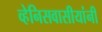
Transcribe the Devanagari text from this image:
व्हेनिसवासीयांनी